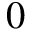
0